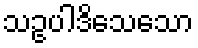
သဥပါဒိသေသော